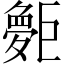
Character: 𪩨